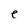
Character: e